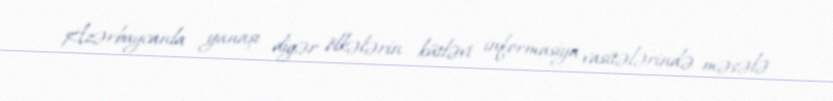
Azərbaycanla yanaşı digər ölkələrin kütləvi informasiya vasitələrində məsələ